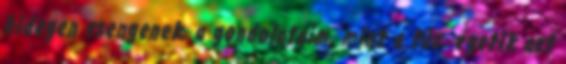
hidegen csengenek, a gondolataim, mint a tűz, égetik azt